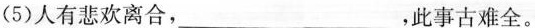
(5)人有悲欢离合，___，此事古难全。